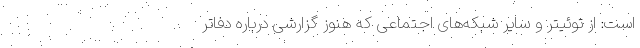
است: از توئیتر و سایر شبکه‌های اجتماعی که هنوز گزارشی درباره دفاتر